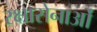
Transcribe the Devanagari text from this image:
रक्षासेनाओं